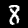
Label: 8